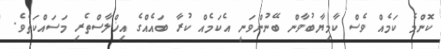
ކޮންމެ ކަމެއް ވެސް ކާމިޔާބުވާން ބޭނުންވަނީ އެކަމެއް ކުރާ ބައެއްގެ އިޚްލާސްތެރި މަސައްކަތެވެ.